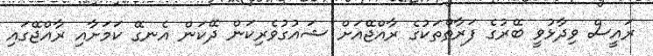
ރައީސް ވިދާޅުވީ ބޭރުގެ ފަރާތްތަކުގެ ރާއްޖޭއަށް ޝައުގުވެރިކަން ދޭކަން އެނގޭ ކަމަށާއި ރާއްޖޭގައި